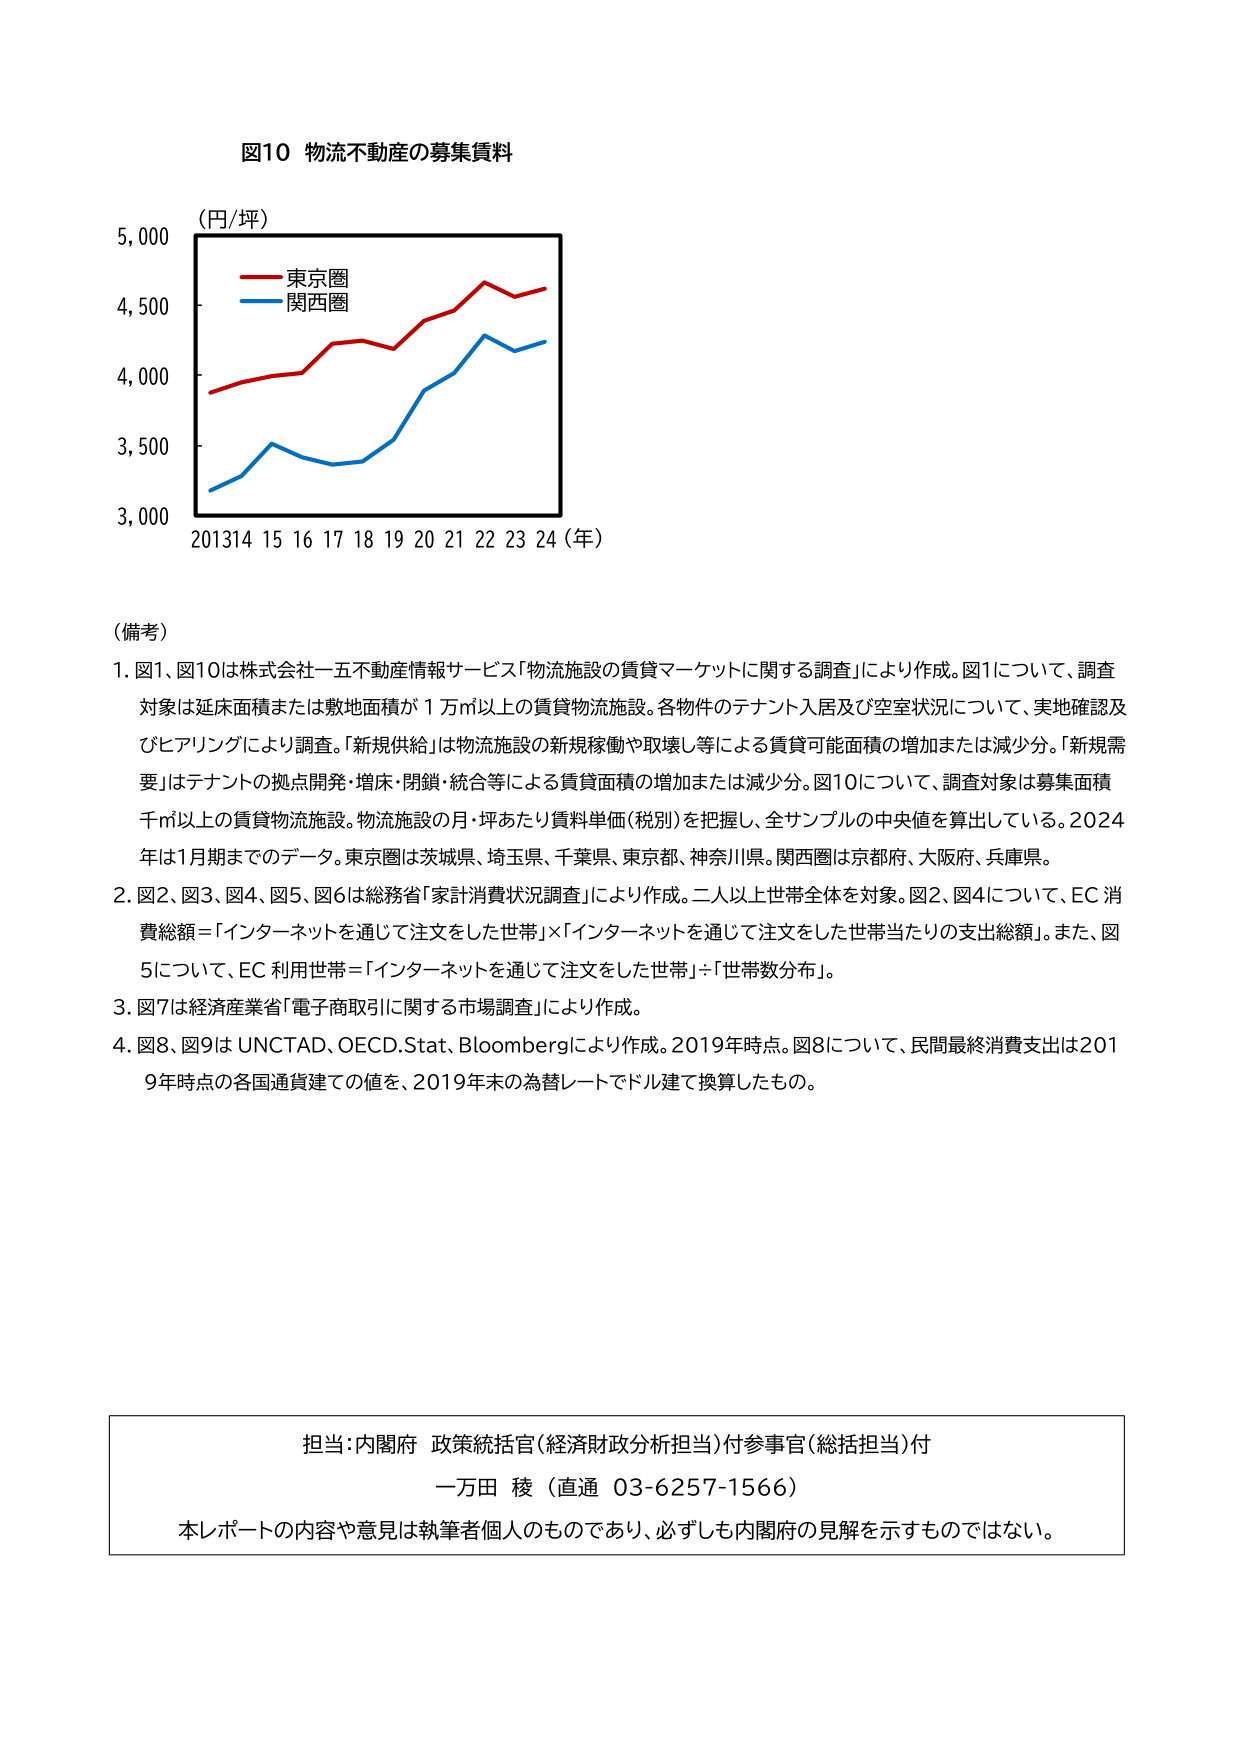
図10 物流不動産の募集賃料

（円/坪）
5,000
4,500
4,000
3,500
3,000
2013 14 15 16 17 18 19 20 21 22 23 24（年）

東京圏
関西圏

（備考）
1. 図1、図10は株式会社一五不動産情報サービス「物流施設の賃貸マーケットに関する調査」により作成。図1について、調査対象は延床面積または敷地面積が1万㎡以上の賃貸物流施設。各物件のテナント入居及び空室状況について、実地確認及びヒアリングにより調査。「新規供給」は物流施設の新規稼働や取壊し等による賃貸可能面積の増加または減少分。「新規需要」はテナントの拠点開発・増床・閉鎖・統合等による賃貸面積の増加または減少分。図10について、調査対象は募集面積千㎡以上の賃貸物流施設。物流施設の月・坪あたり賃料単価（税別）を把握し、全サンプルの中央値を算出している。2024年は1月期までのデータ。東京圏は茨城県、埼玉県、千葉県、東京都、神奈川県。関西圏は京都府、大阪府、兵庫県。
2. 図2、図3、図4、図5、図6は総務省「家計消費状況調査」により作成。二人以上世帯全体を対象。図2、図4について、EC消費総額＝「インターネットを通じて注文をした世帯」×「インターネットを通じて注文をした世帯当たりの支出総額」。また、図5について、EC利用世帯＝「インターネットを通じて注文をした世帯」÷「世帯数分布」。
3. 図7は経済産業省「電子商取引に関する市場調査」により作成。
4. 図8、図9はUNCTAD、OECD.Stat、Bloombergにより作成。2019年時点。図8について、民間最終消費支出は2019年時点の各国通貨建ての値を、2019年末の為替レートでドル建て換算したもの。

担当：内閣府 政策統括官（経済財政分析担当）付参事官（総括担当）付
一万田 稜（直通 03-6257-1566）
本レポートの内容や意見は執筆者個人のものであり、必ずしも内閣府の見解を示すものではない。